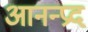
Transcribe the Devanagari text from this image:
आनन्प्रद